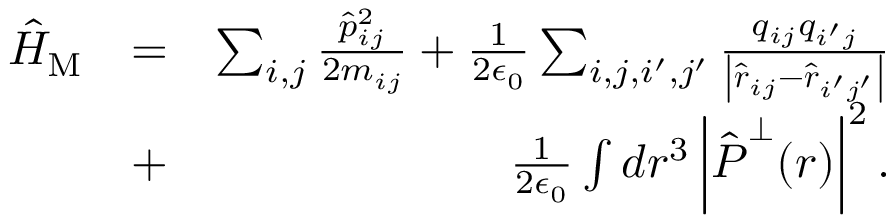
\begin{array} { r l r } { \hat { H } _ { \mathrm { M } } } & { = } & { \sum _ { i , j } \frac { \hat { p } _ { i j } ^ { 2 } } { 2 m _ { i j } } + \frac { 1 } { 2 \epsilon _ { 0 } } \sum _ { i , j , i ^ { \prime } , j ^ { \prime } } \frac { q _ { i j } q _ { i ^ { \prime } j } } { \left| \hat { \boldsymbol r } _ { i j } - \hat { \boldsymbol r } _ { i ^ { \prime } j ^ { \prime } } \right| } } \\ & { + } & { \frac { 1 } { 2 \epsilon _ { 0 } } \int d \boldsymbol r ^ { 3 } \left| \hat { \boldsymbol P } ^ { \perp } ( \boldsymbol r ) \right| ^ { 2 } . } \end{array}